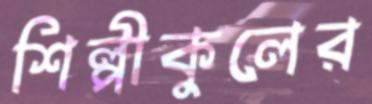
শিল্পীকুলের